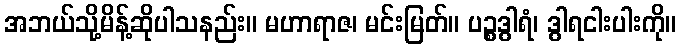
အဘယ်သို့မိန့်ဆိုပါသနည်း။ မဟာရာဇ၊ မင်းမြတ်။ ပဉ္စဒွါရံ၊ ဒွါရငါးပါးကို။